Problem: 25 + 39 = ?
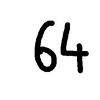
Handwritten answer: 64